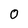
Character: 0